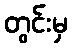
တွင်းမှ